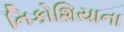
નિકોશિયાના